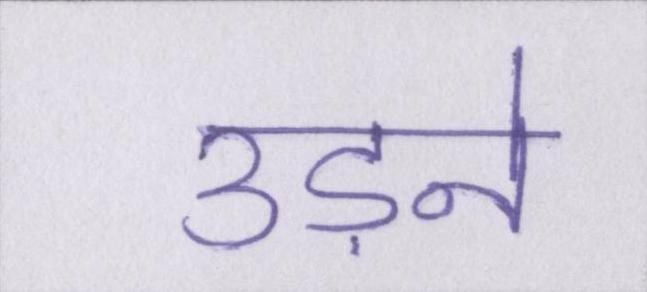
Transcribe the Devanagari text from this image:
उड़ने